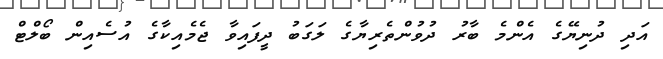
އަދި ދުނިޔޭގެ އެންމެ ބާރު ދުވުންތެރިޔާގެ ލަގަބު ދީފައިވާ ޖެމެއިކާގެ އުސެއިން ބޯލްޓް